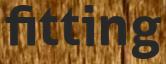
fitting